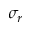
\sigma _ { r }